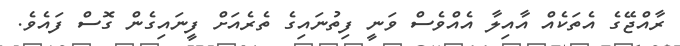
ރާއްޖޭގެ އެތަކެއް އާއިލާ އެއްވެސް ވަނީ ފިތުނައިގެ ތެރެއަށް ފީނައިގެން ގޮސް ފައެވެ.